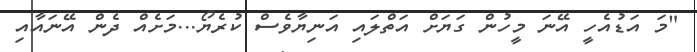
"މަ އަޑުއެހީ އޭނަ މީހުން ގަޔަށް އަތްލައި އަނިޔާވެސް ކުރެޔޯ...މަށެއް ދެން އޭނައާއި